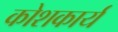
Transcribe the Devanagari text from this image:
कोशकार्य